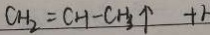
C H _ { 2 } = C H - C H _ { 3 } \uparrow + 1 -